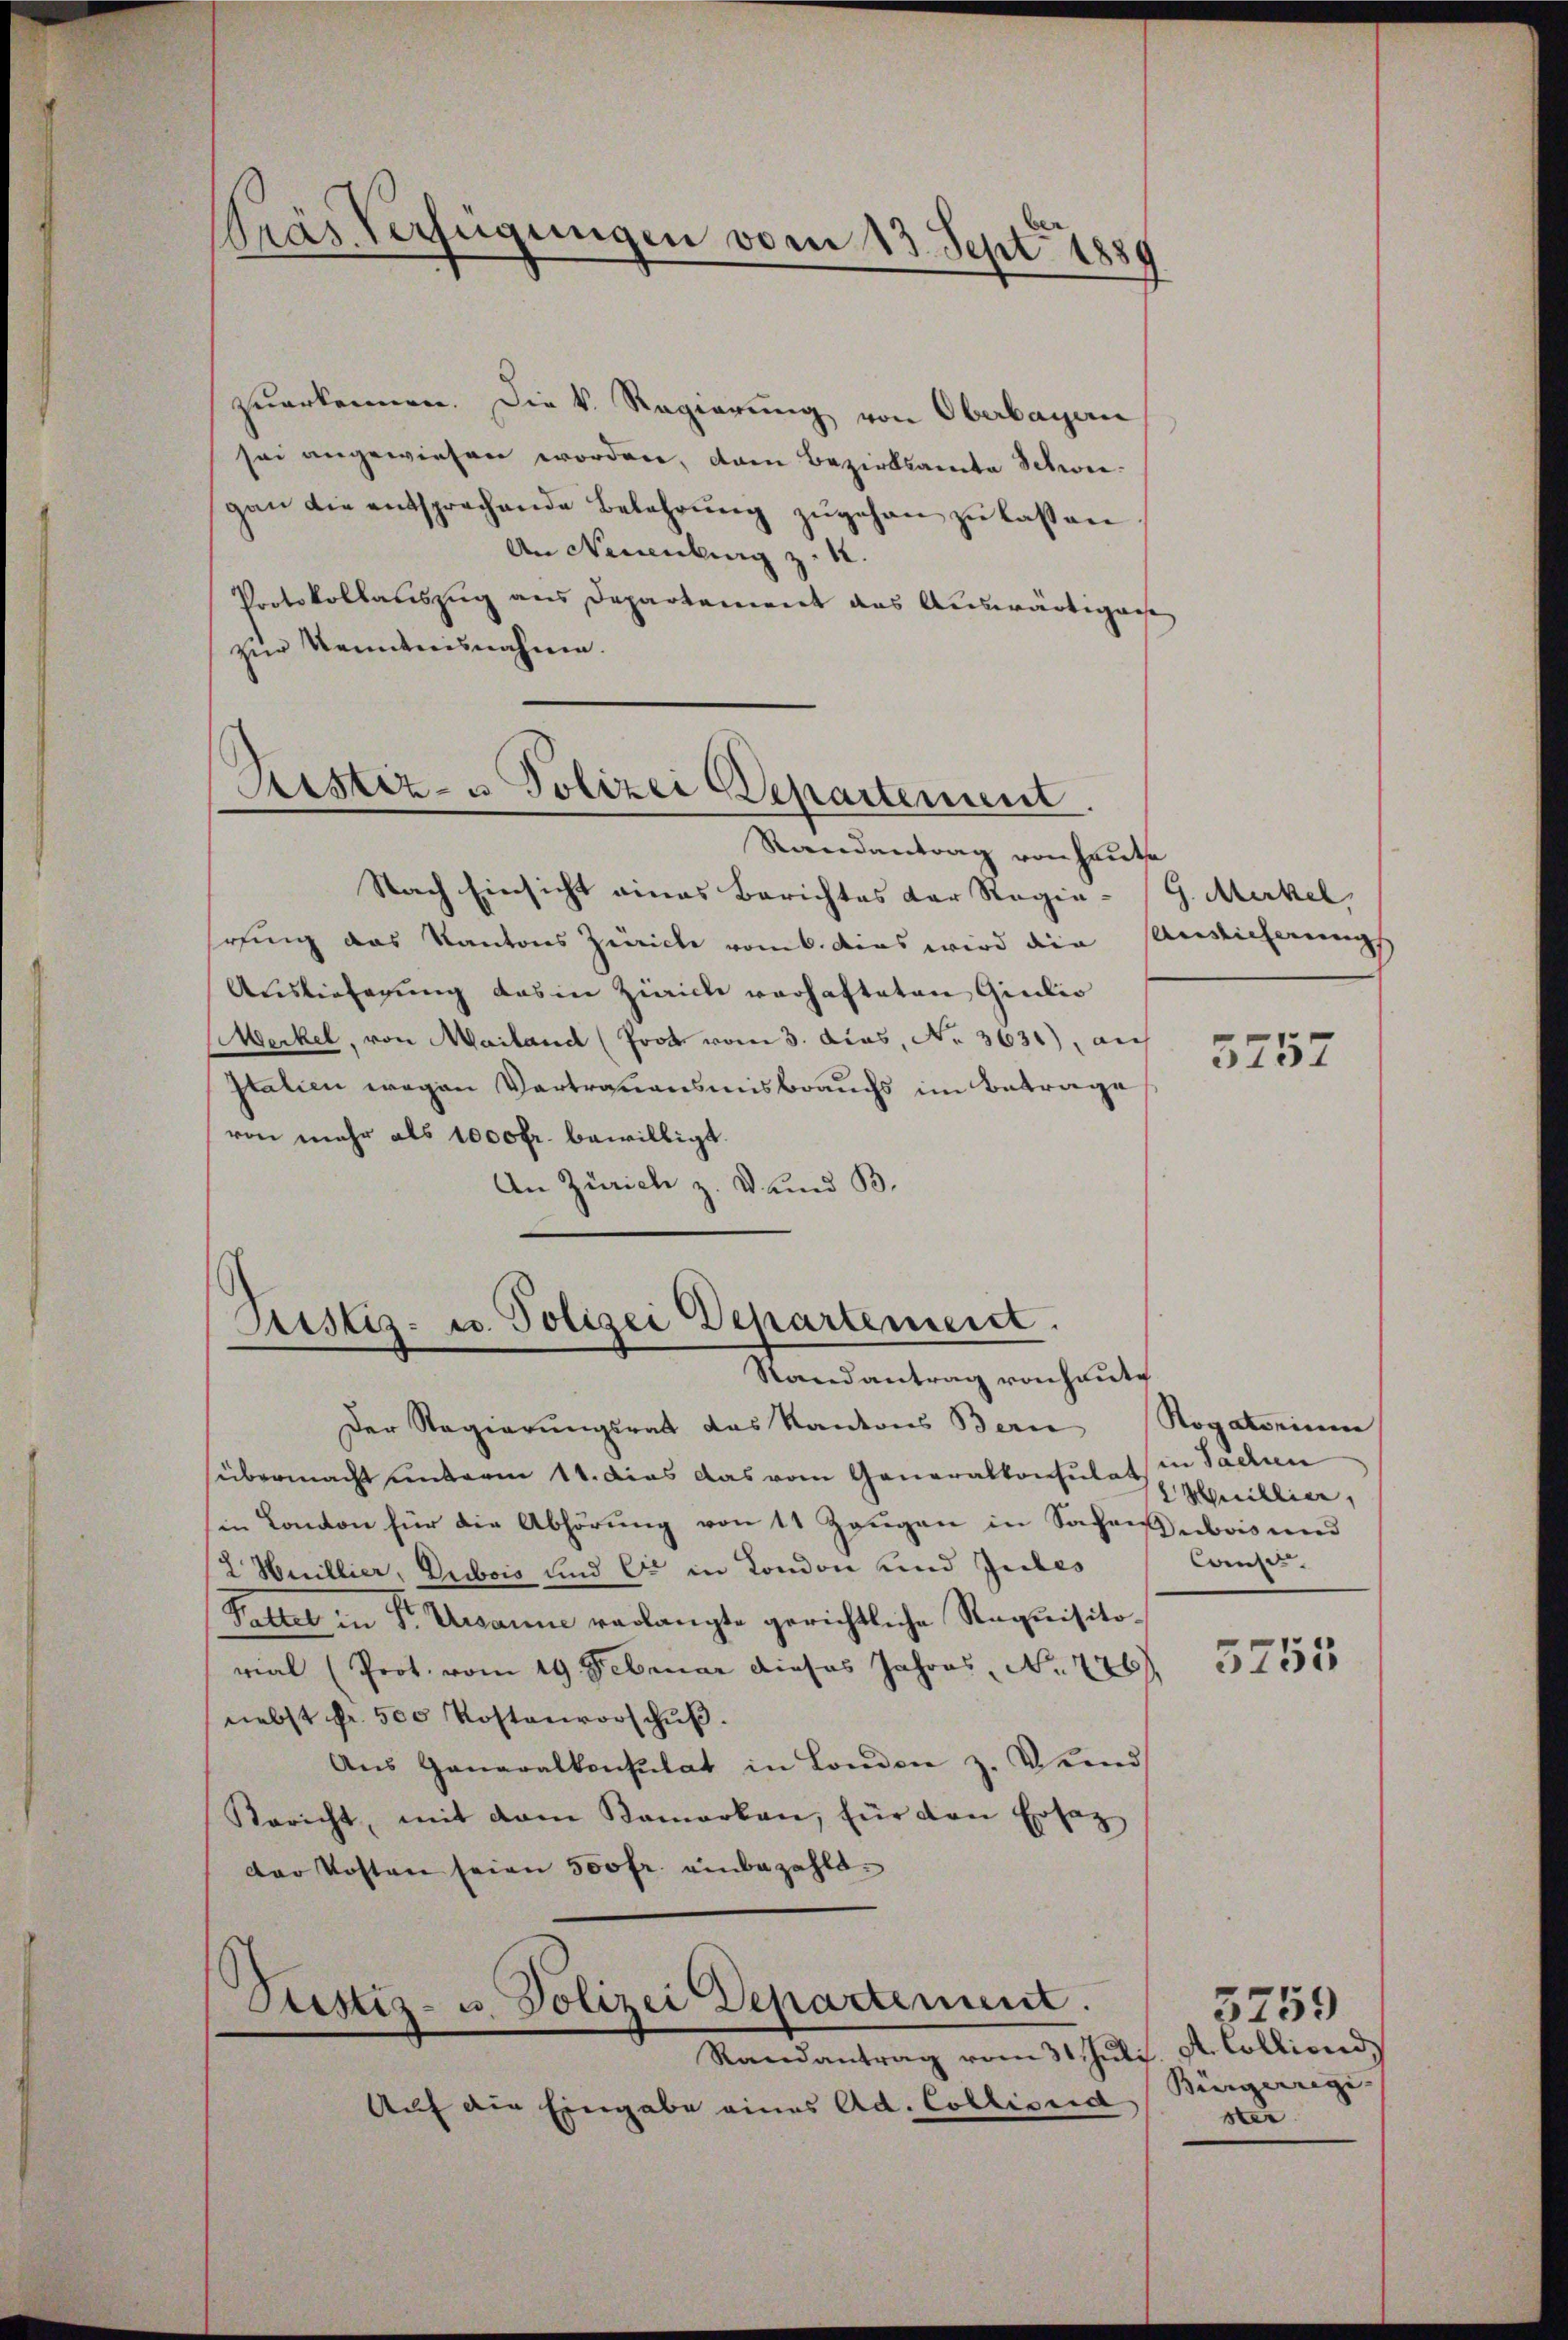
träs. Verfügungen vom 13. Sept. 1889

zuerkennen. Die k. Regierung von Oberbayern
sei angewiesen worden, dann Bezirksamte Schweigan die entsprochende Belehrung zugehen zu lassen
An Neuenburg z. 12.
Protokollauszug aus Departement das Auswärtigense
zur Kenntnisnahme.
Randantrag von heute
Nach Einsicht eines Berichtes der Regie-G. Merkel,
rung das Kantons Zürich vom 6. das wird die Ansicherungs
Ausversagung das in Zürich verhafteten Giulio
Merkel, von Mailand (Prot vom 3. das, No. 3631), auf
Italien wegen Vertrauensmisbrauchs im Betrage
von mehr als 1000 fr. bewilligt.
An Zürich z. B. und B

Restiz- u Polizei Departement.

Justiz- u. Polizei Departement.
Randantrag von heute

Rustiz- u. Polizei Departement.
Randantrag vom 31. Jŭli. A. Colliond

Der Regierŭngsrath das Kantons Bern Rogatorium
übermacht unterm 11. das das vom Generalkonsulat in Sachen
in Canton für die Abhörung von 11 Zeugen in Sachen bas und
L Huillier, Dubois und Er in London und Gutes
Tettet in Fr. Ursanne verlangte gerichtliche Requisitoval (Prot. vom 19. Februar dieses Jahres, No 776
nebst fr. 500 Kostenvorschuß.
Aus Ganaralkonsulat in London z. Bund
Bericht, mit dem Samarken, für den Ersatz
der Kosten seien 500 fr. einbezahl¬

Auf die Eingabe eines Ad. Colliseid

5757

Huillier,
Conser

5753

5259
Bürgerregi- |
ster